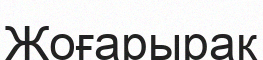
Жоғарырақ